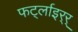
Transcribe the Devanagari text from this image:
फर्ट्लाइर्‍र्